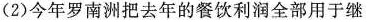
(2) 今年罗南洲把去年的餐饮利润全部用于继